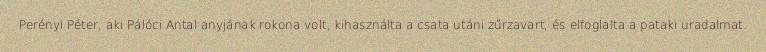
Perényi Péter, aki Pálóci Antal anyjának rokona volt, kihasználta a csata utáni zűrzavart, és elfoglalta a pataki uradalmat.